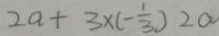
2 a + 3 \times ( - \frac { 1 } { 3 } ) 2 a